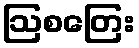
ဩစတြေး